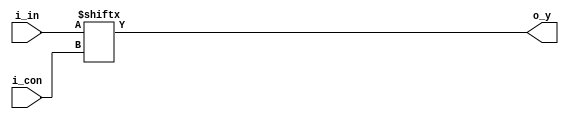
`timescale 1ns / 1ps
//////////////////////////////////////////////////////////////////////////////////
// Company: 
// Engineer: 
// 
// Design Name: 
// Module Name:    problema3 
// Project Name: 
// Target Devices: 
// Tool versions: 
// Description: 
//
// Dependencies: 
//
// Revision: 
// Revision 0.01 - File Created
// Additional Comments: 
//
//////////////////////////////////////////////////////////////////////////////////
module problema3(
	input wire [3:0]i_in,
	input wire [1:0]i_con,
	output wire o_y
    );
	 
	assign o_y = i_in[i_con];


endmodule